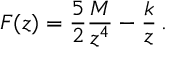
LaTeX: F ( z ) = { \frac { 5 } { 2 } } { \frac { M } { z ^ { 4 } } } - { \frac { k } { z } } \, .